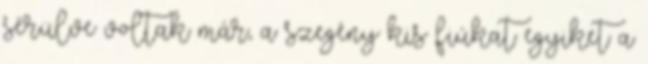
sérülve voltak már, a szegény kis fiúkat egyiket a